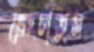
ভেংচাতুম